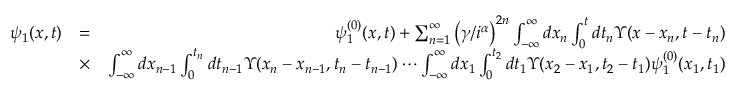
\begin{array} { r l r } { \psi _ { 1 } ( x , t ) } & { = } & { \psi _ { 1 } ^ { ( 0 ) } ( x , t ) + \sum _ { n = 1 } ^ { \infty } \left( \gamma / i ^ { \alpha } \right) ^ { 2 n } \int _ { - \infty } ^ { \infty } d x _ { n } \int _ { 0 } ^ { t } d t _ { n } { \Upsilon } ( x - x _ { n } , t - t _ { n } ) } \\ & { \times } & { \int _ { - \infty } ^ { \infty } d x _ { n - 1 } \int _ { 0 } ^ { t _ { n } } d t _ { n - 1 } { \Upsilon } ( x _ { n } - x _ { n - 1 } , t _ { n } - t _ { n - 1 } ) \cdots \int _ { - \infty } ^ { \infty } d x _ { 1 } \int _ { 0 } ^ { t _ { 2 } } d t _ { 1 } { \Upsilon } ( x _ { 2 } - x _ { 1 } , t _ { 2 } - t _ { 1 } ) \psi _ { 1 } ^ { ( 0 ) } ( x _ { 1 } , t _ { 1 } ) } \end{array}